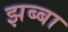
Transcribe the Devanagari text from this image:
झब्बा